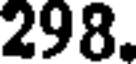
298.